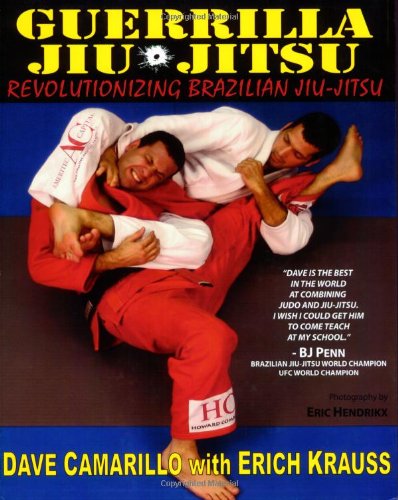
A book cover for Guerrilla Jiu-Jitsu: Revolutionizing Brazilian Jiu-jitsu; Dave Camarillo; Sports & Outdoors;